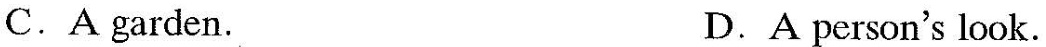
C.A garden. D.A person's look.